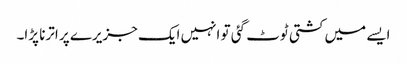
ایسے میں کشتی ٹوٹ گئی تو انہیں ایک جزیرے پر اترنا پڑا۔